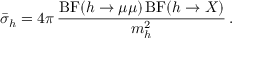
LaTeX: \bar { \sigma } _ { h } = 4 \pi \, { \frac { \mathrm { B F } ( h \to \mu \mu ) \, \mathrm { B F } ( h \to X ) } { m _ { h } ^ { 2 } } } \, .